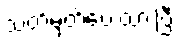
သတ်မှတ်ပေးထားပြီး